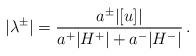
LaTeX: \begin{align*}\vert\lambda^\pm\vert=\frac{a^\pm\vert[u]\vert}{a^+\vert H^+\vert+a^-\vert H^-\vert}\,.\end{align*}